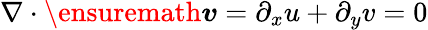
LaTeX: \nabla\cdot\ensuremath{\boldsymbol{v}}=\partial_{x}u+\partial_{y}v=0